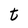
Character: t